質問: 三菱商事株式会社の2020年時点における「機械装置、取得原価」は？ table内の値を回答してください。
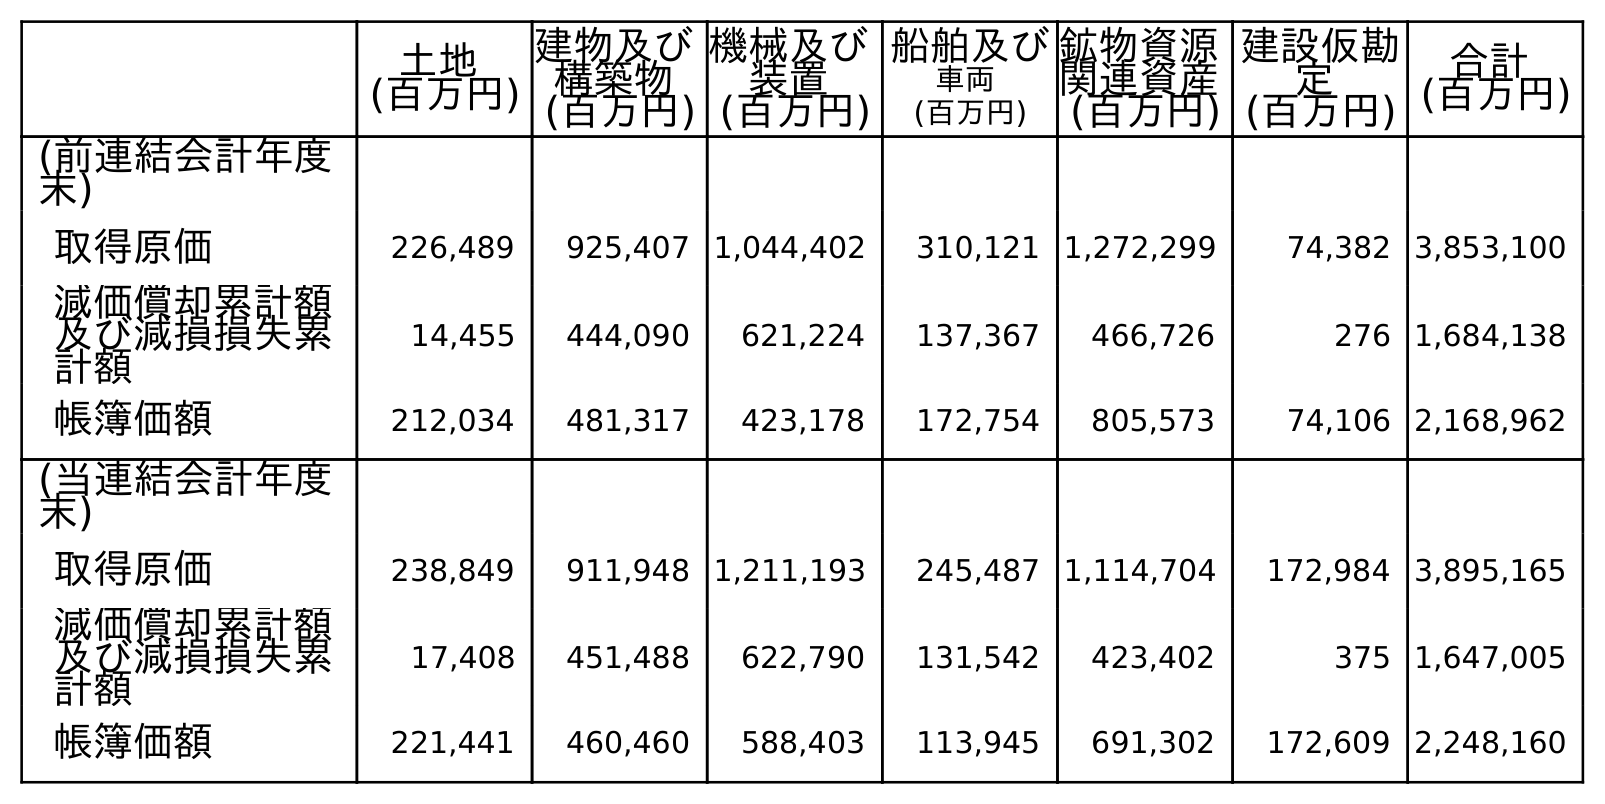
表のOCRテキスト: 土地 (百万円) 建物及び 構築物 (百万円) 機械及び 装置 (百万円) 船舶及び 車両 (百万円) 鉱物資源 関連資産 (百万円) 建設仮勘 定 (百万円) 合計 (百万円) (前連結会計年度 末) 取得原価 226,489 925,407 1,044,402 310,121 1,272,299 74,382 3,853,100 減価償却累計額 及び減損損失累 計額 14,455 444,090 621,224 137,367 466,726 276 1,684,138 帳簿価額 212,034 481,317 423,178 172,754 805,573 74,106 2,168,962 (当連結会計年度 末) 取得原価 238,849 911,948 1,211,193 245,487 1,114,704 172,984 3,895,165 減価償却累計額 及び減損損失累 計額 17,408 451,488 622,790 131,542 423,402 375 1,647,005 帳簿価額 221,441 460,460 588,403 113,945 691,302 172,609 2,248,160
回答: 1,211,193